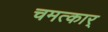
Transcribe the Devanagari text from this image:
चमत्कार्